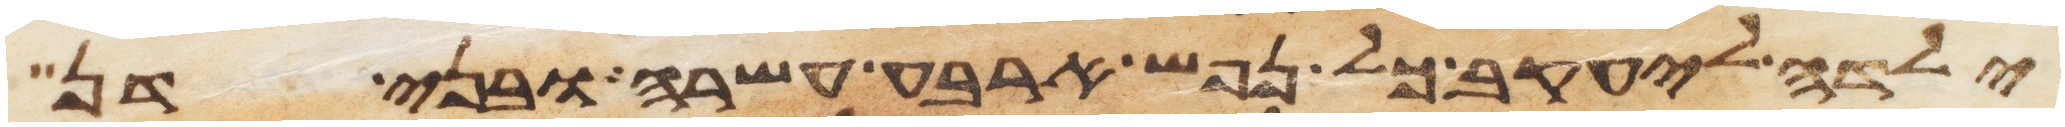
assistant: ילדה ליעקב כל נפש ארבע עשרה ובני דן